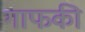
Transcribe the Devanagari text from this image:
गाफकी